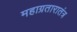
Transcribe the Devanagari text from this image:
महाग्रतारातंत्र